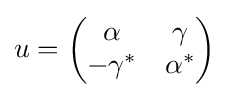
u=\left({\begin{matrix}\alpha &\gamma \\-\gamma ^{*}&\alpha ^{*}\end{matrix}}\right)